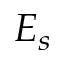
E _ { s }